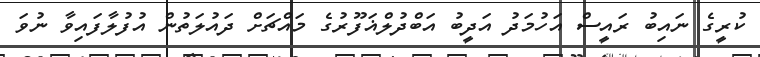
ކުރީގެ ނައިބު ރައީސް އަހުމަދު އަދީބު އަބްދުލްޣަފޫރުގެ މައްޗަށް ދައުލަތުން އުފުލާފައިވާ ނުވަ